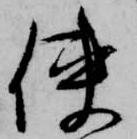
使